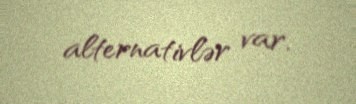
alternativlər var.